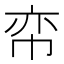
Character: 帟